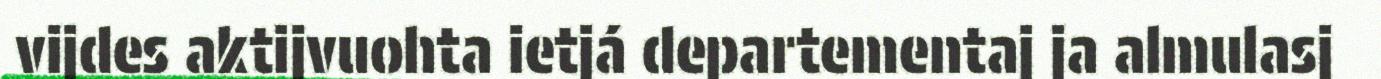
vijdes aktijvuohta ietjá departementaj ja almulasj